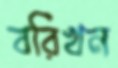
বরিখন